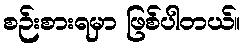
စဉ်းစားရမှာ ဖြစ်ပါတယ်။